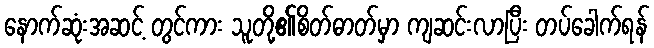
နောက်ဆုံးအဆင့် တွင်ကား သူတို့၏စိတ်ဓာတ်မှာ ကျဆင်းလာပြီး တပ်ခေါက်ရန်